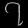
Digit: ၇